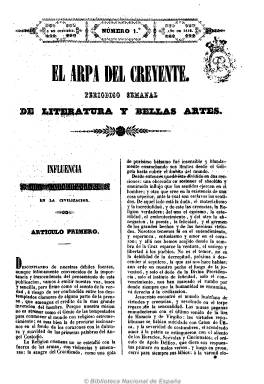
Título: El Arpa del creyente
Colección: Cultura
Ámbito geográfico: Madrid
Lugar de publicación: Madrid
Fechas: 06/10/1842-25/12/1842

Revista semanal publicada en Madrid de octubre a diciembre de 1842, dedicada a la literatura y bellas artes. Su director fue Francisco Navarro Villoslada, pensador tradicionalista, defensor a ultranza de los intereses de la Iglesia. Dentro del marco general del romanticismo español, esta publicación pertenece al grupo de revistas de orientación religiosa que mantuvieron una actitud hostil hacia lo que se consideraba la inmoralidad del arte vigente en ese momento. Su punto de vista fue reflejar la influencia del cristianismo en la civilización. Los artículos de la revista son de diversa índole, pero siempre con un marcado sello espiritual, logrando conseguir colaboraciones de los principales escritores de le época: Hartzenbusch, Campoamor, Valera, entre otros.